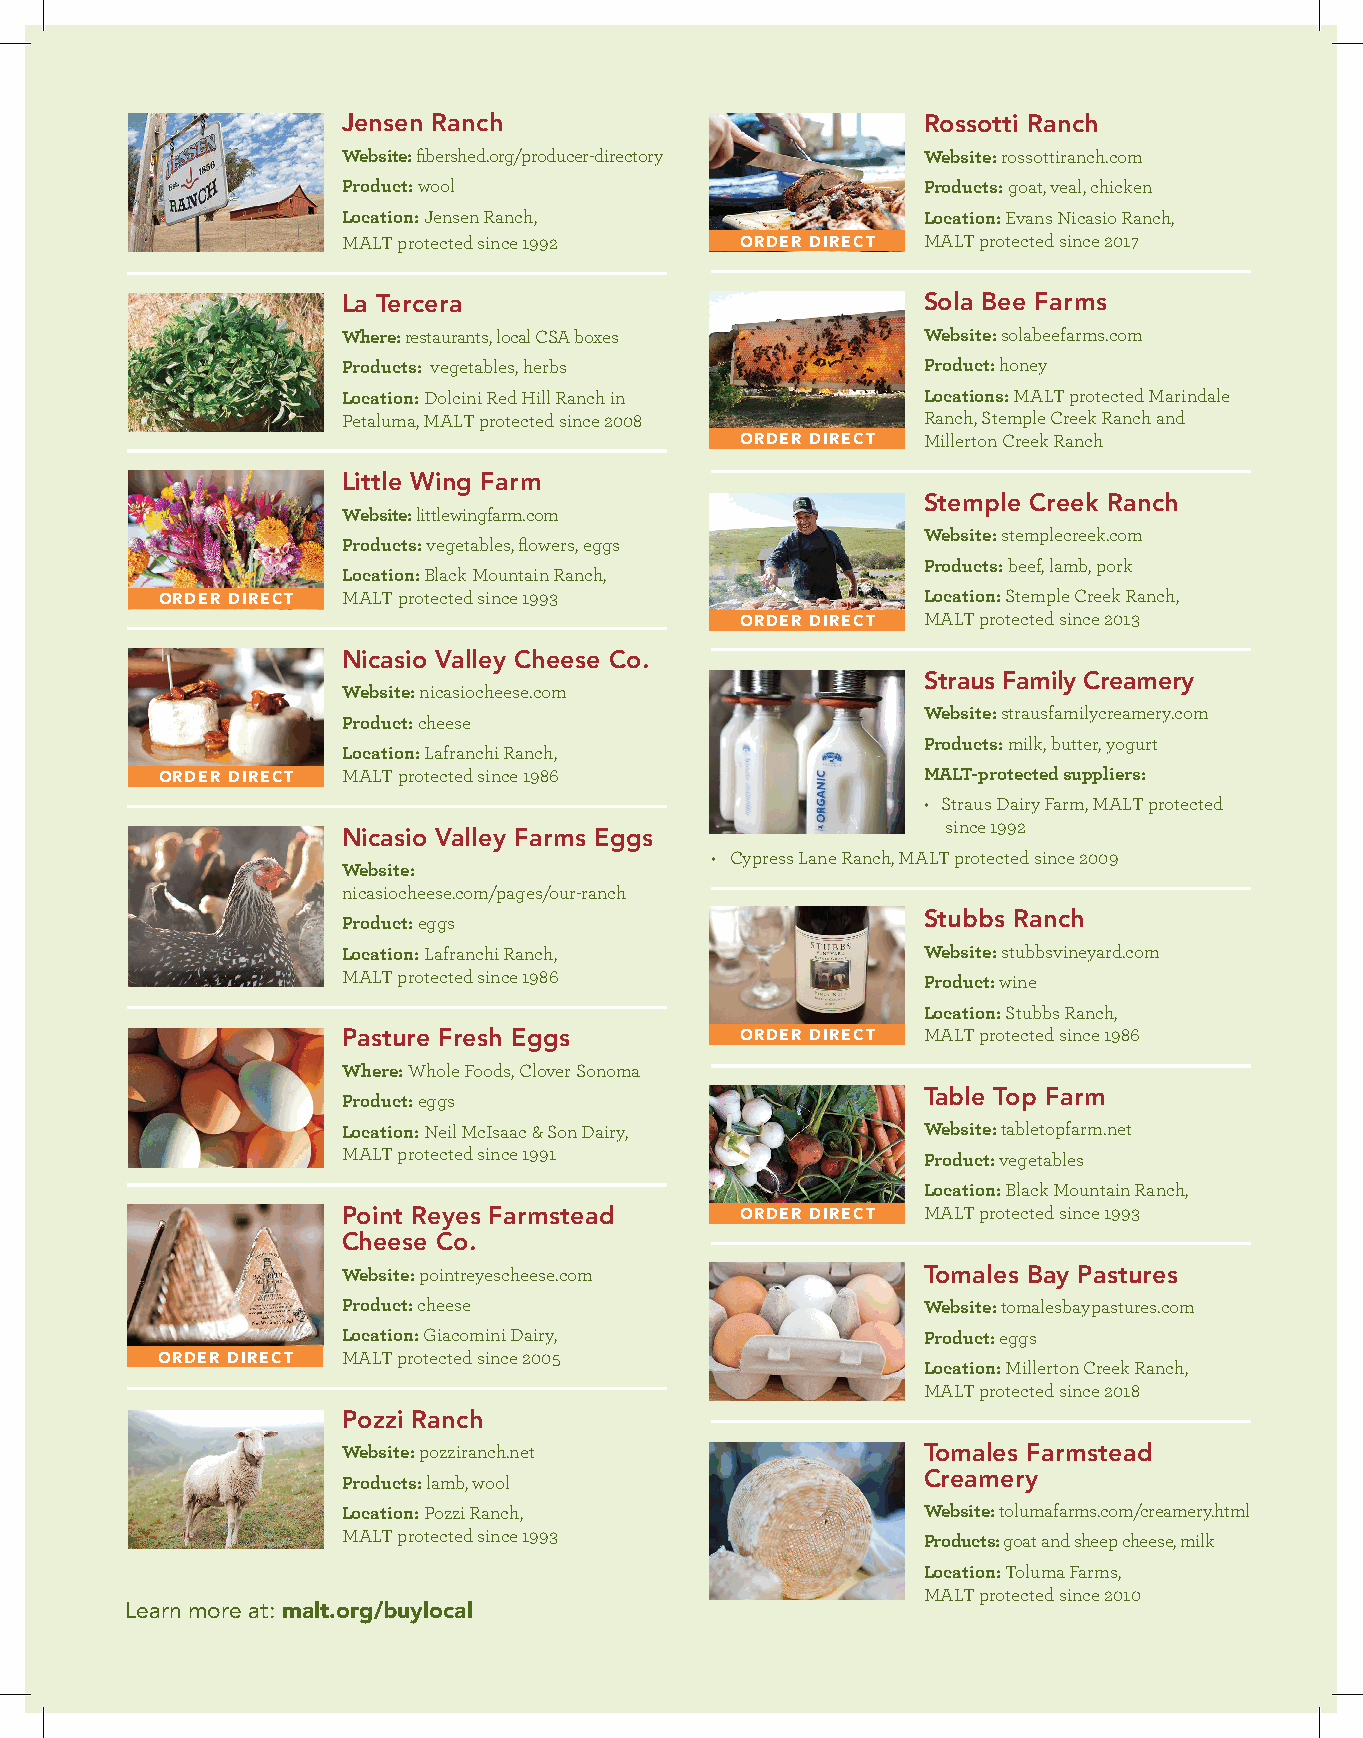
Jensen Ranch                          Rossotti Ranch
 Website: fibershed.org/producer-directory Website: rossottiranch.com
 Product: wool                         Products: goat, veal, chicken
 Location: Jensen Ranch,               Location: Evans Nicasio Ranch,
 MALT protected since 1992 ORDER DIRECT MALT protected since 2017
 La Tercera                            Sola Bee Farms
 Where: restaurants, local CSA boxes   Website: solabeefarms.com
 Products: vegetables, herbs           Product: honey
 Location: Dolcini Red Hill Ranch in   Locations: MALT protected Marindale
 Petaluma, MALT protected since 2008   Ranch, Stemple Creek Ranch and
 ORDER DIRECT Millerton Creek Ranch
 Little Wing Farm
 Stemple Creek Ranch
 Website: littlewingfarm.com
 Website: stemplecreek.com
 Products: vegetables, flowers, eggs
 Products: beef, lamb, pork
 Location: Black Mountain Ranch,
 ORDER DIRECT MALT protected since 1993             Location: Stemple Creek Ranch,
 ORDER DIRECT MALT protected since 2013
 Nicasio Valley Cheese Co.
 Straus Family Creamery
 Website: nicasiocheese.com
 Website: strausfamilycreamery.com
 Product: cheese
 Products: milk, butter, yogurt
 Location: Lafranchi Ranch,
 ORDER DIRECT MALT protected since 1986             MALT-protected suppliers:
 • Straus Dairy Farm, MALT protected
 since 1992
 Nicasio Valley Farms Eggs
 • Cypress Lane Ranch, MALT protected since 2009
 Website:
 nicasiocheese.com/pages/our-ranch
 Stubbs Ranch
 Product: eggs
 Location: Lafranchi Ranch,            Website: stubbsvineyard.com
 MALT protected since 1986             Product: wine
 Location: Stubbs Ranch,
 Pasture Fresh Eggs        ORDER DIRECT MALT protected since 1986
 Where: Whole Foods, Clover Sonoma
 Table Top Farm
 Product: eggs
 Location: Neil McIsaac & Son Dairy,   Website: tabletopfarm.net
 MALT protected since 1991             Product: vegetables
 Location: Black Mountain Ranch,
 Point Reyes Farmstead     ORDER DIRECT MALT protected since 1993
 Cheese Co.
 Website: pointreyescheese.com         Tomales Bay Pastures
 Product: cheese                       Website: tomalesbaypastures.com
 Location: Giacomini Dairy,            Product: eggs
 ORDER DIRECT MALT protected since 2005
 Location: Millerton Creek Ranch,
 MALT protected since 2018
 Pozzi Ranch
 Website: pozziranch.net               Tomales Farmstead
 Creamery
 Products: lamb, wool
 Location: Pozzi Ranch,                Website: tolumafarms.com/creamery.html
 MALT protected since 1993             Products: goat and sheep cheese, milk
 Location: Toluma Farms,
 MALT protected since 2010
 Learn more at: malt.org/buylocal